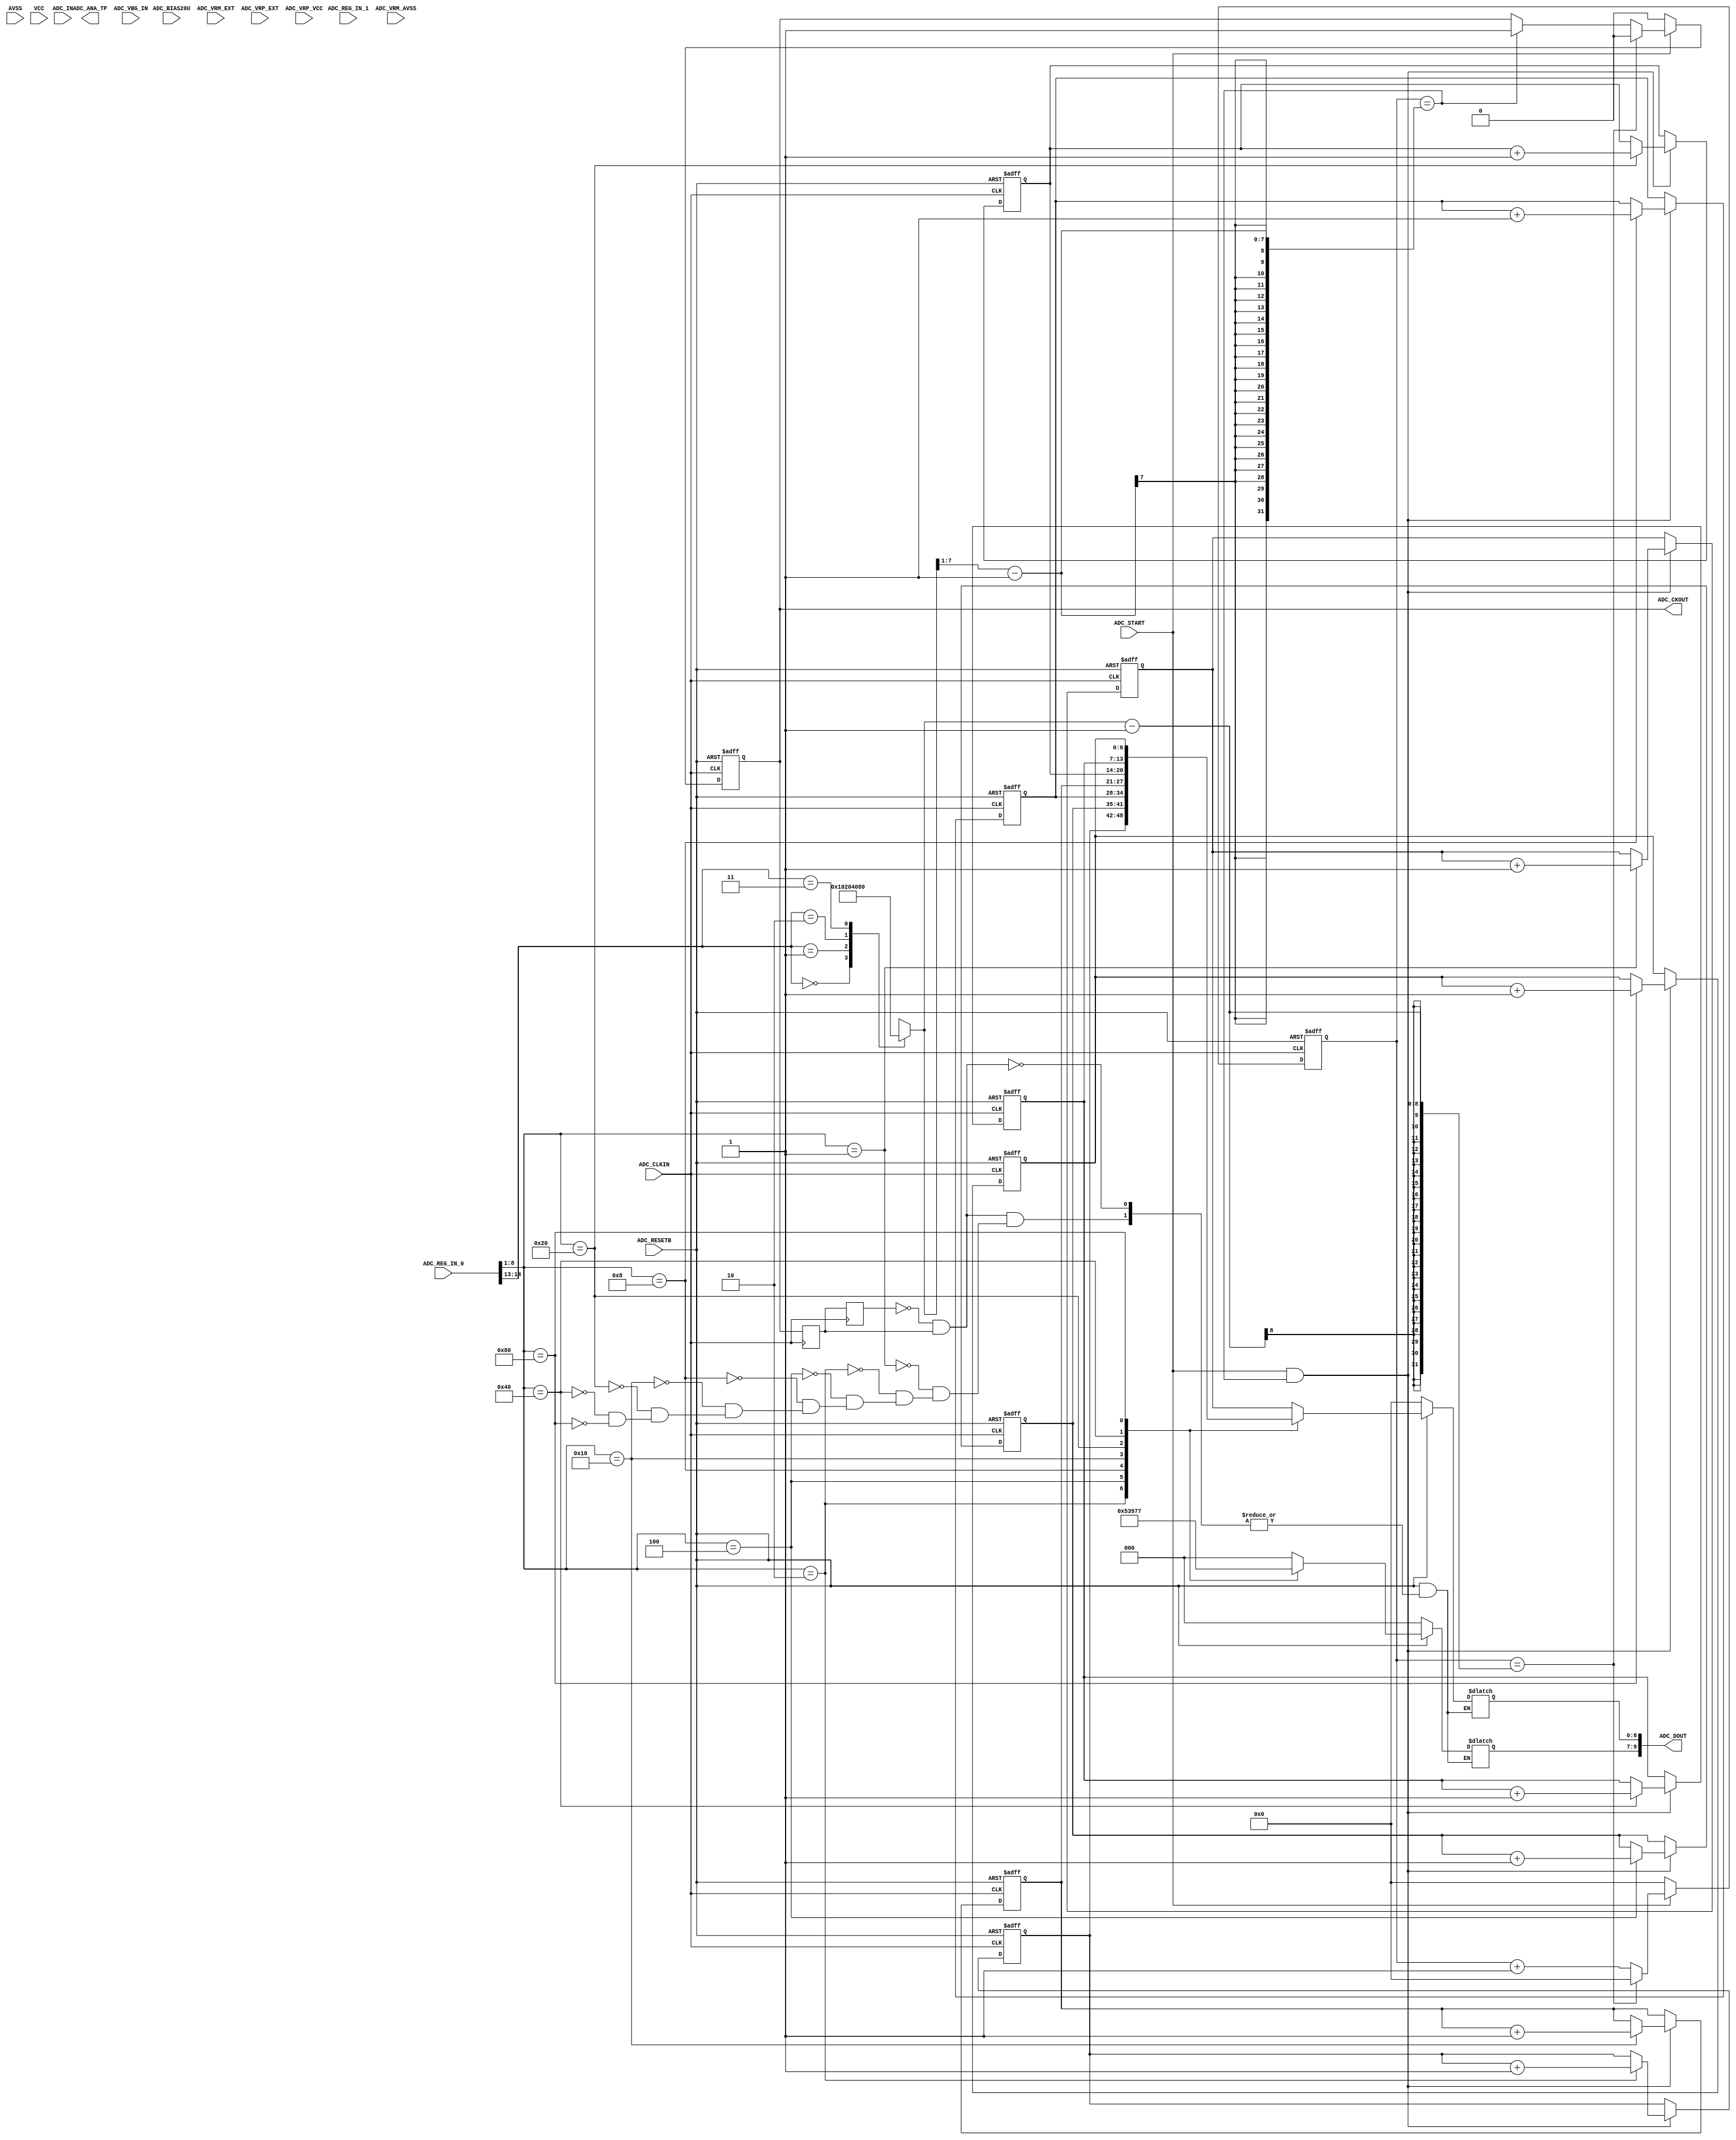
module SAR_TOP_fpga ( ADC_ANA_TP, ADC_CKOUT, ADC_DOUT, ADC_BIAS20U, ADC_CLKIN, ADC_IN,
ADC_REG_IN_0, ADC_REG_IN_1, ADC_RESETB, ADC_START, ADC_VBG_IN, ADC_VRM_AVSS,
ADC_VRM_EXT, ADC_VRP_EXT, ADC_VRP_VCC, AVSS, VCC );

  input  [15:0] ADC_REG_IN_0; 
  input  [15:0] ADC_REG_IN_1;
  input  [7:0] ADC_IN;
  input ADC_CLKIN;
  input ADC_RESETB;  
  input ADC_START;
  input ADC_VBG_IN;
  input ADC_VRM_AVSS;
  input ADC_VRM_EXT;
  input ADC_VRP_EXT;
  input ADC_VRP_VCC;

  input VCC;  //5V Power Supply
  input AVSS;  //Ground
  input  [1:0] ADC_BIAS20U;  //ADC Bias Current

  output  [9:0] ADC_DOUT;  
  output ADC_ANA_TP;
  output ADC_CKOUT;

    reg         ADC_CKOUT;
    reg  [7:0]  div_clk;
    reg  [6:0]  num,num0,num1,num2,num3,num4,num5,num6,num7;
    reg  [6:0]  cnt;
    reg  [2:0]  port;
    reg  [1:0]  state;
    reg         clk;
    reg         cnt_en;
    reg  [31:0] adc_ckout0,adc_ckout1;
always@(*)
    begin
        case(ADC_REG_IN_0[14:13])
            2'b00 : div_clk <= 8'h10;
            2'b01 : div_clk <= 8'h20;
            2'b10 : div_clk <= 8'h40;
            2'b11 : div_clk <= 8'h80;
        endcase
    end

always@(posedge ADC_CLKIN or negedge ADC_RESETB)
    begin
        if(!ADC_RESETB)
            cnt <= 8'h0;
        else if(!ADC_START)
            cnt <= 8'h0;
        else if(cnt == div_clk-1)
            cnt <= 8'h0;
        else if(ADC_START)
            cnt <= cnt + 8'h1;
    end

always@(posedge ADC_CLKIN or negedge ADC_RESETB)
    begin
        if(!ADC_RESETB)
            ADC_CKOUT <= 1'b0;
        else if(!ADC_START)
            ADC_CKOUT <= 1'b0;
        else if(cnt == (div_clk-1))
            ADC_CKOUT <= 1'b0;
        else if(cnt == (div_clk[7:1]-1))
            ADC_CKOUT <= 1'b1;
    end
always@(posedge ADC_CLKIN or negedge ADC_RESETB)
    begin
        if(!ADC_RESETB)
            cnt_en <= 1'b0;
        else if(ADC_START && (cnt == (div_clk[7:1]-1)))
            cnt_en <= 1'b1;
    end

always@(posedge ADC_CLKIN or negedge ADC_RESETB)
    begin
        if(!ADC_RESETB)
            begin
                num0 <= 7'h0;
                num1 <= 7'h0;
                num2 <= 7'h0;
                num3 <= 7'h0;
                num4 <= 7'h0;
                num5 <= 7'h0;
                num6 <= 7'h0;
                num7 <= 7'h0;
            end
        else if(ADC_START && (cnt == (div_clk[7:1]-1)))
            begin
                case(ADC_REG_IN_0[8:1])
                    8'b0000_0001: num0 <= num0 + 7'b1;
                    8'b0000_0010: num1 <= num1 + 7'b1;
                    8'b0000_0100: num2 <= num2 + 7'b1;
                    8'b0000_1000: num3 <= num3 + 7'b1;
                    8'b0001_0000: num4 <= num4 + 7'b1;
                    8'b0010_0000: num5 <= num5 + 7'b1;
                    8'b0100_0000: num6 <= num6 + 7'b1;
                    8'b1000_0000: num7 <= num7 + 7'b1;
                endcase
            end
    end
    
	reg ADC_CKOUT0,ADC_CKOUT1;
	wire 	ADC_CKOUT_pos;
	assign 	ADC_CKOUT_pos= ~ADC_CKOUT1 & ADC_CKOUT0;
	always@(posedge ADC_CLKIN)
		begin
			ADC_CKOUT0<=ADC_CKOUT;
			ADC_CKOUT1<=ADC_CKOUT0;
		end
		
    always@(*)
        begin
			if(!ADC_RESETB)begin num<=0; port <=0; end
			else if(ADC_CKOUT_pos)begin
				case(ADC_REG_IN_0[8:1])
						8'b0000_0001:
									begin
										num <= num0;
										port <= 3'b000;
									end
						8'b0000_0010: 
									begin
										num <= num1;
										port <= 3'b001;
									end
						8'b0000_0100: 
									begin
										num <= num2;
										port <= 3'b010;
									end
						8'b0000_1000: 
									begin
										num <= num3;
										port <= 3'b011;
									end
						8'b0001_0000: 
									begin
										num <= num4;
										port <= 3'b100;
									end
						8'b0010_0000: 
									begin
										num <= num5;
										port <= 3'b101;
									end
						8'b0100_0000: 
									begin
										num <= num6;
										port <= 3'b110;
									end
						8'b1000_0000: 
									begin
										num <= num7;
										port <= 3'b111;
									end
				endcase end
			else begin num <= num; port <= port; end
		end
    //assign ADC_DOUT = ADC_CKOUT ? {port,num} : 10'b0;
    assign ADC_DOUT = {port,num};
// =============================================================================
// Measure ADC_CLKIN period and frequency
// =============================================================================

endmodule